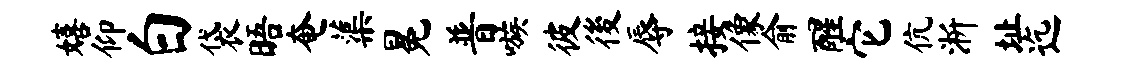
嬉仰白袋晤奄蕖冕普嗾彼後辱接像俞醒它伉淅址迄